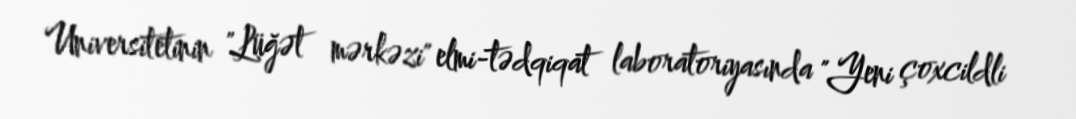
Universitetinin "Lüğət mərkəzi" elmi-tədqiqat laboratoriyasında "Yeni çoxcildli